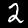
Digit: 2